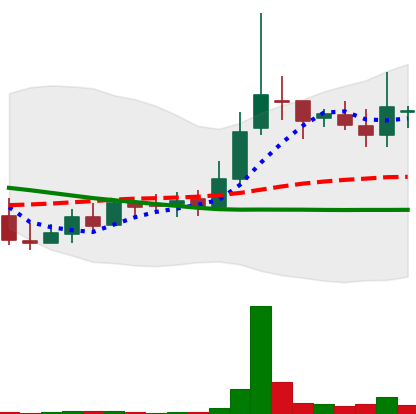
Ticker: LINK-USD
Chart end date: 2018-09-27
Forward return: -7.085%
Label: down_7plus